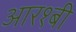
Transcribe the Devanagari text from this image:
आर१बी